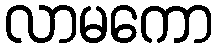
လာမကော